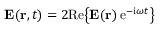
{ \bf E } ( { \bf r } , t ) = 2 \mathrm { R e } \big \{ { \bf E } ( { \bf r } ) \, \mathrm { e } ^ { - \mathrm { i } \omega t } \big \}